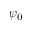
\psi _ { 0 }